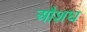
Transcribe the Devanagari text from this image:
औशध